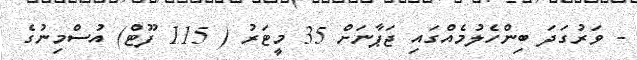
- ވަރުގަދަ ބިންހެލުމެއްގައި ޖަޕާނަށް 35 މީޓަރު ( 115 ފޫޓް) އުސްމިނުގެ